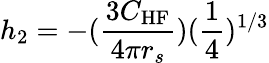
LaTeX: h_{2}=-(\frac{3C_{\mathrm{HF}}}{4\pi r_{s}})(\frac{1}{4})^{1/3}